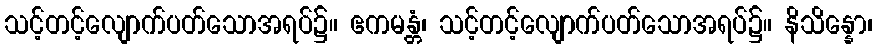
သင့်တင့်လျောက်ပတ်သောအရပ်၌။ ဧကမန္တံ၊ သင့်တင့်လျောက်ပတ်သောအရပ်၌။ နိသိန္နော၊